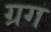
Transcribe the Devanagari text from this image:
ग्रग